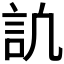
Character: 𧥬